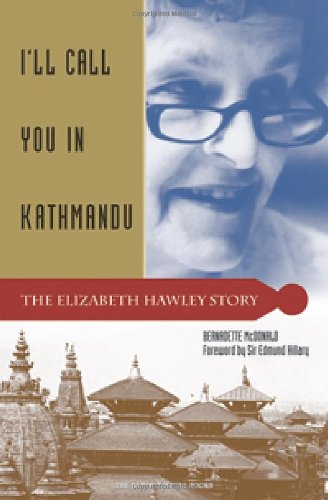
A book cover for I'll Call You in Kathmandu: The Elizabeth Hawley Story; Bernadette McDonald; Travel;